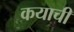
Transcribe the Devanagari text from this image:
कयाची